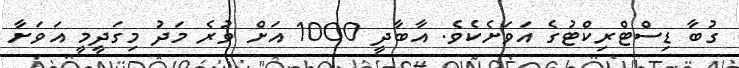
ގުބާ ޑިސްޓްރިކްޓުގެ އަވަށެކެވެ. އާބާދީ 1000 އަށް ވުރެ މަދު މިގަދީމީ އަވަށާ